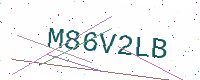
Text: M86V2LB